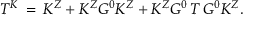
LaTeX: T ^ { K } \, = \, K ^ { Z } + K ^ { Z } G ^ { 0 } K ^ { Z } + K ^ { Z } G ^ { 0 } \, T \, G ^ { 0 } K ^ { Z } .